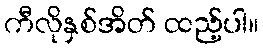
ကီလိုနှစ်အိတ် ထည့်ပါ။